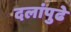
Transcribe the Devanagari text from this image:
दलांपुढे